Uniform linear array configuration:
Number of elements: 8
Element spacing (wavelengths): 1
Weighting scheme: uniform
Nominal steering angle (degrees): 15
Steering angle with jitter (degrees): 15.592
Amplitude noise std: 0.05
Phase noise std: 0.05

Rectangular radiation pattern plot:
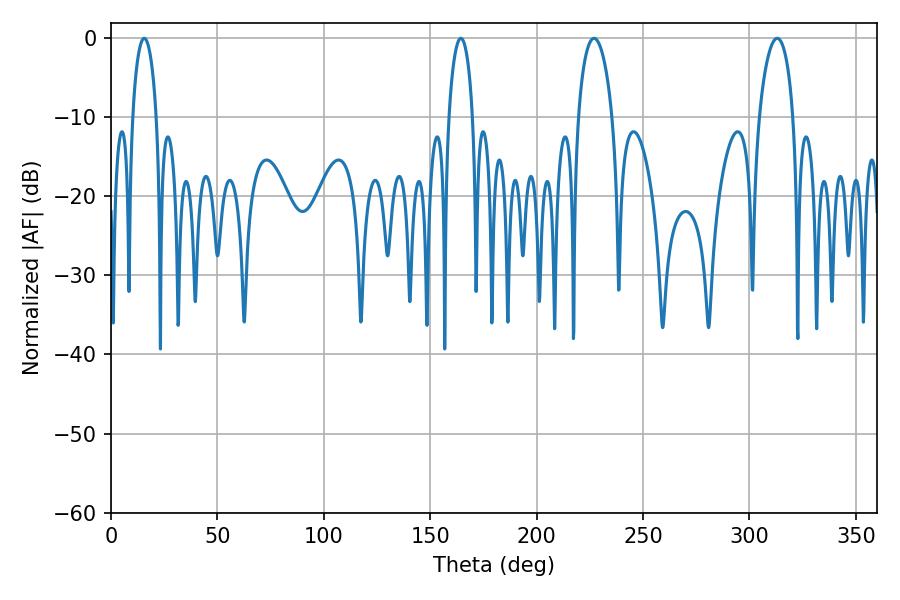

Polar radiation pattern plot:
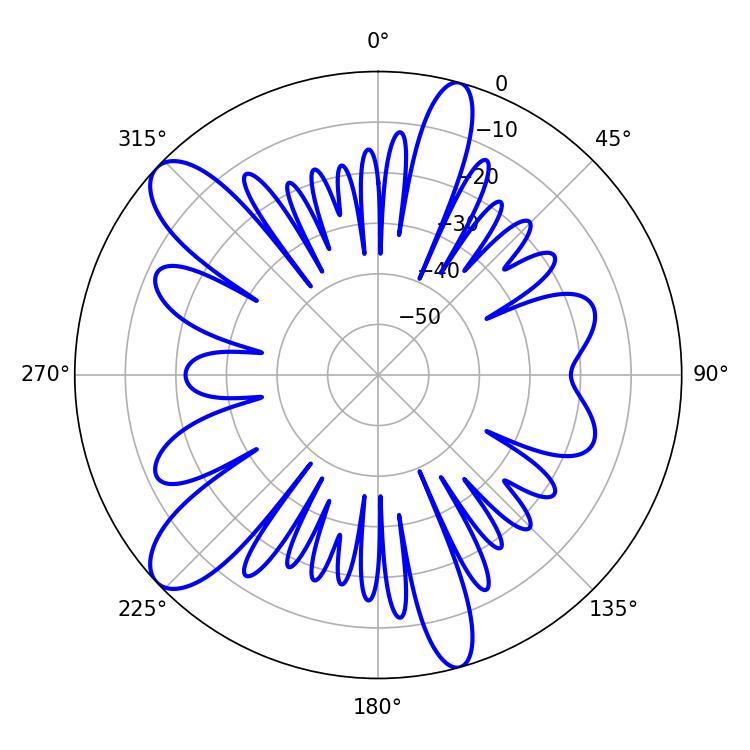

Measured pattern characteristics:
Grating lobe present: TRUE
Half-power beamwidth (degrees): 9
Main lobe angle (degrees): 226.98